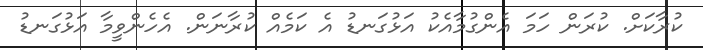
ކުރާކަށް. ކުރަން ހަމަ އެންގުމާއެކު އަޅުގަނޑު އެ ކަމެއް ކުރާނަން. އެހެންވީމާ އަޅުގަނޑު